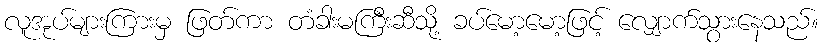
လူအုပ်များကြားမှ ဖြတ်ကာ တံခါးမကြီးဆီသို့ ခပ်မော့မော့ဖြင့် လျှောက်သွားနေသည်။